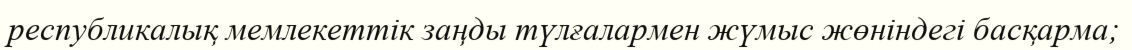
республикалық мемлекеттік заңды түлғалармен жүмыс жөніндегі басқарма;